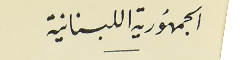
الجمهورية اللبنانية